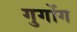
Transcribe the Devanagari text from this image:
गुगोंग